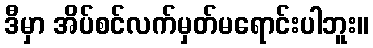
ဒီမှာ အိပ်စင်လက်မှတ်မရောင်းပါဘူး။